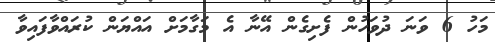
މަހު 6 ވަނަ ދުވަހުން ފެށިގެން އޭނާ އެެ މަގާމަށް އައްޔަން ކުރައްވާފައިވާ